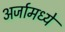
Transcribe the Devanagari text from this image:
अर्जामध्ये